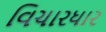
વિચારધાર